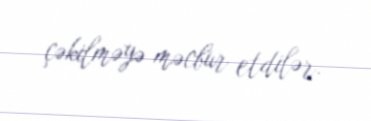
çəkilməyə məcbur etdilər.